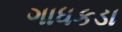
ગાધકડા